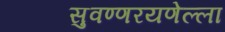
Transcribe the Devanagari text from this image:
सुवण्णरयणेल्ला